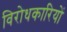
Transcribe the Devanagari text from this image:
विरोधकारियों